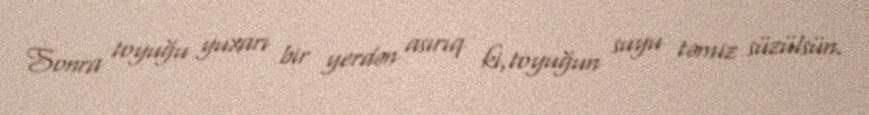
Sonra toyuğu yuxarı bir yerdən asırıq ki,toyuğun suyu təmiz süzülsün.